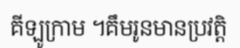
គីឡូក្រាម ។គឹមរូនមានប្រវត្តិ